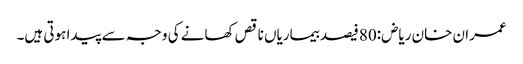
عمران خان ریاض:80فیصد بیماریاں ناقص کھانے کی وجہ سے پیدا ہوتی ہیں۔